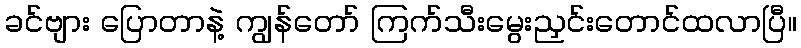
ခင်ဗျား ပြောတာနဲ့ ကျွန်တော် ကြက်သီးမွေးညှင်းတောင်ထလာပြီ။